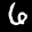
Label: 6